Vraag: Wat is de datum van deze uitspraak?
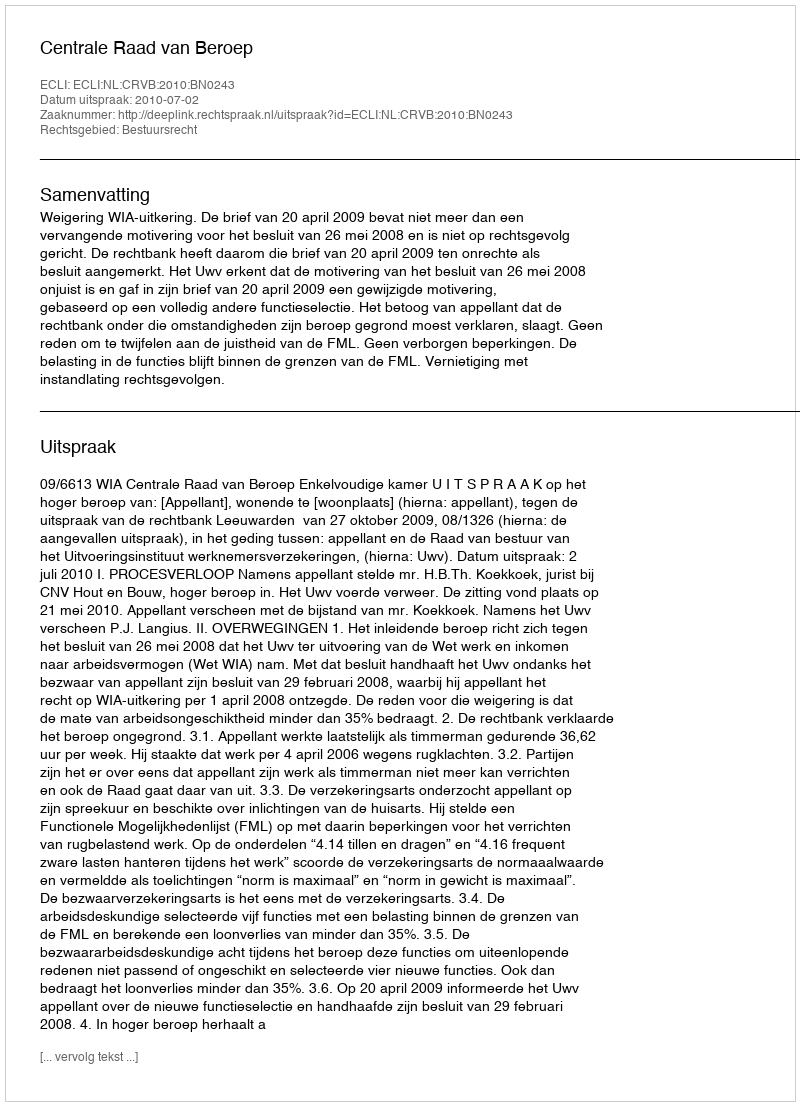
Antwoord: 2010-07-02